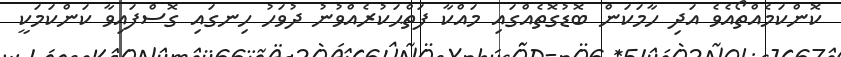
ކޮންކަމެއްތޯއެވެ އަދި ހާމަކަން ބޮޑުގޮތެއްގައި މައްކާ ފަތްޙަކުރެއްވުނު ދުވަހު ހިނގައި ގޮސްފައިވާ ކަންކަމަކީ